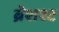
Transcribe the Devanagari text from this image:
ब्रेशश्ट